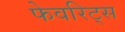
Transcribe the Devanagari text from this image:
फेवरिट्स